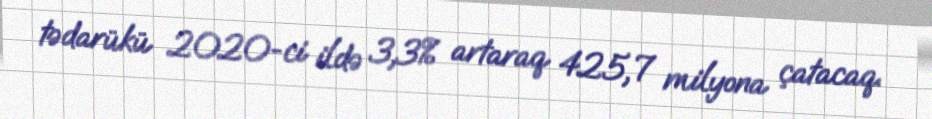
tədarükü 2020-ci ildə 3,3% artaraq 425,7 milyona çatacaq.